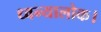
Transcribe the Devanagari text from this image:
ध्वन्यालोक।